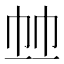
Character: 𢂉